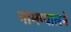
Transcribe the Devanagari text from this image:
नामग्यालने